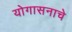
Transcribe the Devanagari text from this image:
योगासनाचे